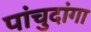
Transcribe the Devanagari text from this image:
पांचुदांगा